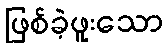
ဖြစ်ခဲ့ဖူးသော